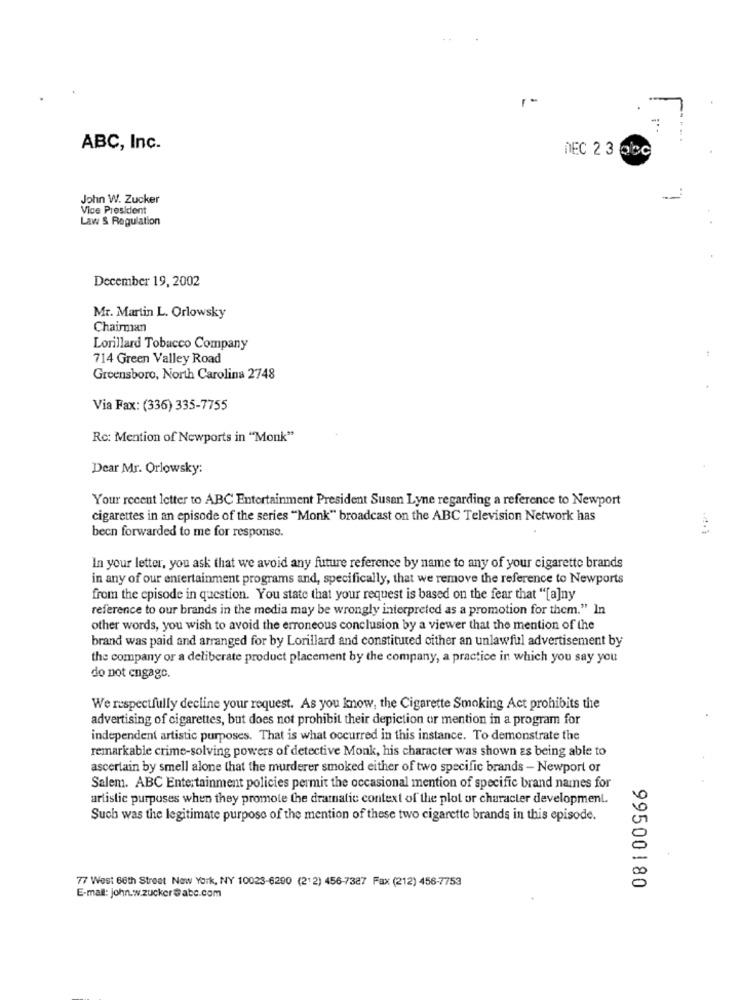
ABC, Inc.
DEC 2 3 0bc
John W. Zucker
Vice President
Law & Regulation
December 19, 2002
Mr. Martin L. Orlowsky
Chairman
Lorillard Tobacco Company
714 Green Valley Road
Greensboro, North Carolina 2748
Via Fax: (336) 335-7755
Rc: Mention of Newports in "Monk"
Dear Mr. Orlowsky:
Your recent letter to ABC Entertainment President Susan Lyne regarding a reference to Newport
cigarettes in an episode of the series "Monk" broadcast on the ABC Television Network has
been forwarded to me for response.
In your letter, you ask that we avoid any future reference by name to any of your cigarette brands
in any of our entertainment programs and, specifically, that we remove the reference to Newports
from the episode in question. You state that your request is based on the fear that "[a]ny
reference to our brands in the media may be wrongly interpreted as a promotion for them." In
other words, you wish to avoid the erroneous conclusion by a viewer that the mention of the
brand was paid and arranged for by Lorillard and constituted cither an unlawful advertisement by
the company or a deliberate product placement by the company, a practice in which you say you
do not engage.
We respectfully decline your request. As you know, the Cigarette Smoking Act prohibits the
advertising of cigarettes, but does not prohibit their depiction or mention in a program for
independent artistic purposes. That is what occurred in this instance. To demonstrate the
remarkable crime-solving powers of detective Monk, his character was shown as being able to
ascertain by smell alone that the murderer smoked either of two specific brands - Newport or
Salem. ABC Entertainment policies permit the occasional mention of specific brand names for
artistic purposes when they promote the dramatic context of the plot or character development.
Such was the legitimate purpose of the mention of these two cigarette brands in this episode.
77 West 66th Street New York, NY 10023-6290 (212) 456-7327 Fax (212) 456-7753
99500180
E-mail: john.w.zucker@abc.com